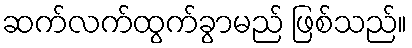
ဆက်လက်ထွက်ခွာမည် ဖြစ်သည်။